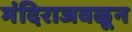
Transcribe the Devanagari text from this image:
मंदिराजवळून